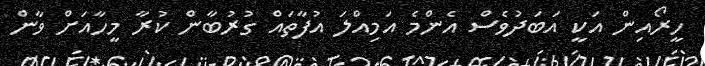
ހީރޯއިން އަކީ އަބަދުވެސް އެންމެ އަމިއްލަ އުފާތައް ގުރުބާން ކުރާ މީހާއަށް ވާން